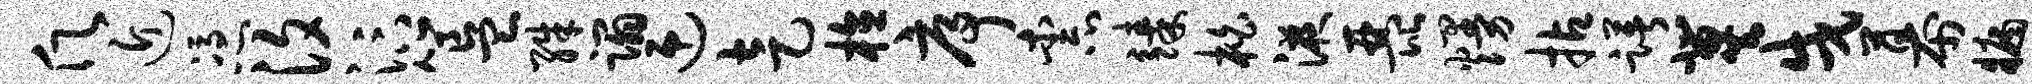
愿近凭汐汴簋殊蹋迎走植序柰臻柏液琵熳拈躇冀戌幕牖